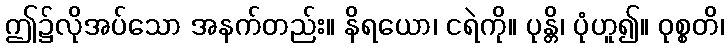
ဤ၌လိုအပ်သော အနက်တည်း။ နိရယော၊ ငရဲကို။ ပုန္တိ၊ ပုံဟူ၍။ ဝုစ္စတိ၊